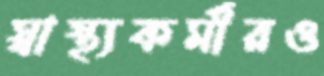
স্বাস্থ্যকর্মীরও